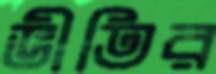
ভীতির